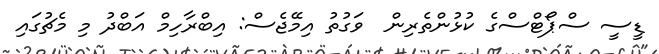
ޑީސީ ސްޕޯޓްސްގެ ކުޅުންތެރިން  ވަގުތު އިމޭޖެސް: އިބްރާހިމް އަބްދު މި މެޗުގައި